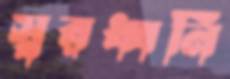
স্বরধ্বনি